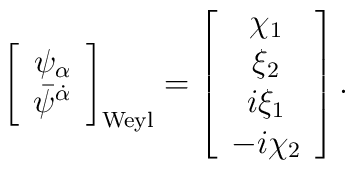
\left[     \begin{array}{c}        \psi_\alpha \\ \bar \psi^{\dot \alpha}\end{array}    \right]_{\rm Weyl}    =     \left[     \begin{array}{c}              \chi_1 \\       \xi_2 \\       i \xi_1 \\       -i \chi_2     \end{array}    \right].